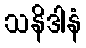
သနိဒါနံ